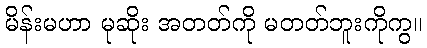
မိန်းမဟာ မုဆိုး အတတ်ကို မတတ်ဘူးကိုကွ။